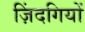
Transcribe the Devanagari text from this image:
ज़िंदगियों